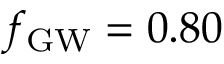
\ensuremath { f _ { \mathrm { G W } } } = 0 . 8 0